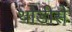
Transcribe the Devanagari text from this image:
थोडीसे